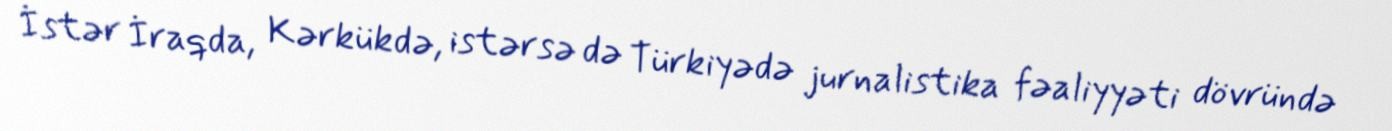
İstər İraqda, Kərkükdə, istərsə də Türkiyədə jurnalistika fəaliyyəti dövründə